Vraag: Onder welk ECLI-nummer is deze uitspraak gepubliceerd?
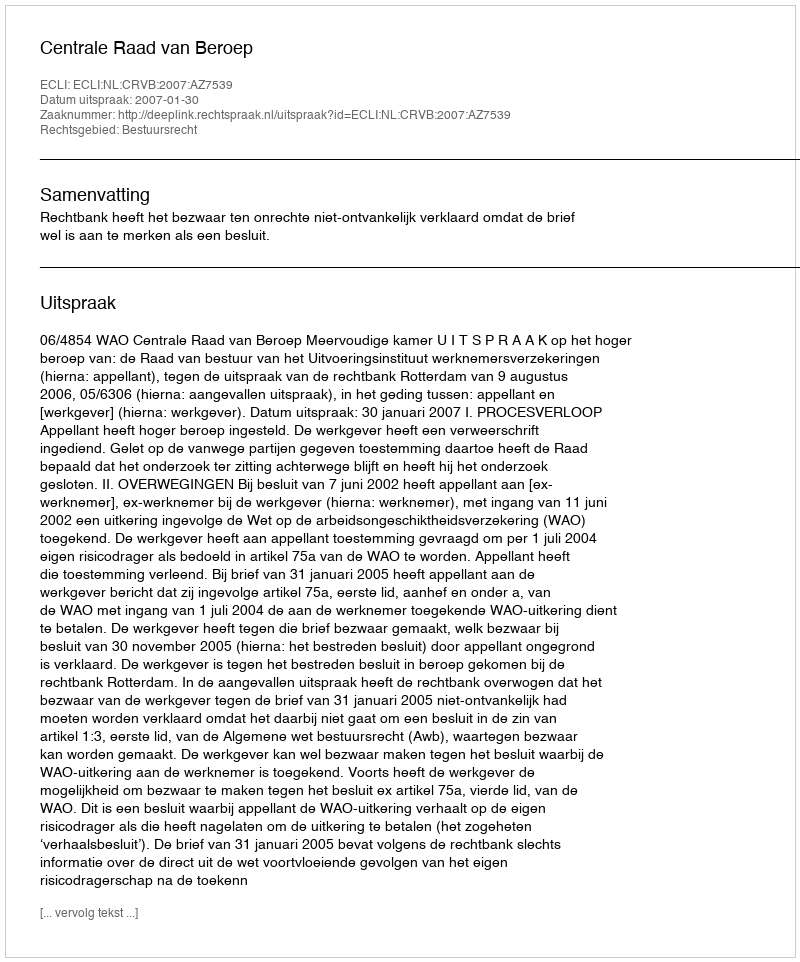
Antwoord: ECLI:NL:CRVB:2007:AZ7539